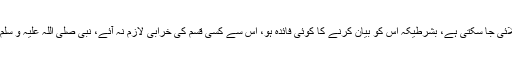
"اس حدیث میں اس چیز کا جواز ہے کہ اس طرح کی بات بیوی کے سامنے بتلائی جا سکتی ہے، بشرطیکہ اس کو بیان کرنے کا کوئی فائدہ ہو، اس سے کسی قسم کی خرابی لازم نہ آئے، نبی صلی اللہ علیہ و سلم نے یہ اسلوب اس لیے اپنایا تا کہ بات سائل کے دل میں اچھی طرح بیٹھ جائے۔